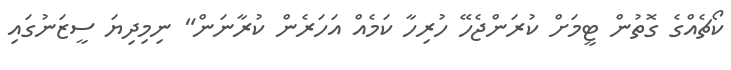
ކޯޗެއްގެ ގޮތުން ޓީމަށް ކުރަންޖެހޭ ހުރިހާ ކަމެއް އަހަރެން ކުރާނަން" ނިމިދިޔަ ސީޒަނުގައި